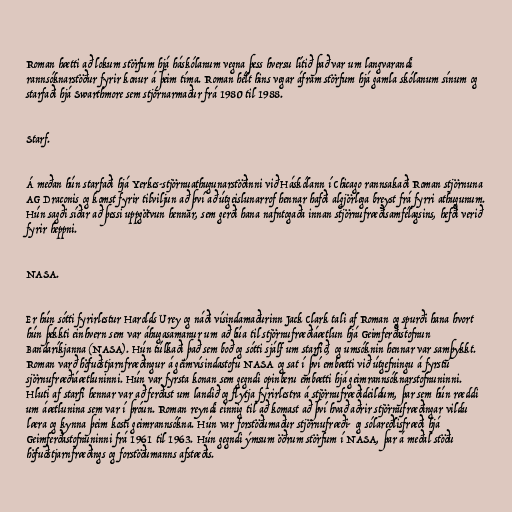
Roman hætti að lokum störfum hjá háskólanum vegna þess hversu lítið það var um langvarandi
rannsóknarstöður fyrir konur á þeim tíma. Roman hélt hins vegar áfram störfum hjá gamla skólanum sínum og
starfaði hjá Swarthmore sem stjórnarmaður frá 1980 til 1988.

Starf.

Á meðan hún starfaði hjá Yerkes-stjörnuathugunarstöðinni við Háskólann í Chicago rannsakaði Roman stjörnuna
AG Draconis og komst fyrir tilviljun að því að útgeislunarrof hennar hafði algjörlega breyst frá fyrri athugunum.
Hún sagði síðar að þessi uppgötvun hennar, sem gerði hana nafntogaða innan stjörnufræðisamfélagsins, hefði verið
fyrir heppni.

NASA.

Er hún sótti fyrirlestur Harolds Urey og náði vísindamaðurinn Jack Clark tali af Roman og spurði hana hvort
hún þekkti einhvern sem var áhugasamanur um að búa til stjörnufræðiáætlun hjá Geimferðastofnun
Bandaríkjanna (NASA). Hún túlkaði það sem boð og sótti sjálf um starfið, og umsóknin hennar var samþykkt.
Roman varð höfuðstjarnfræðingur á geimvísindastofu NASA og sat í því embætti við útgefningu á fyrstu
sjörnufræðiáætluninni. Hún var fyrsta konan sem gegndi opinberu embætti hjá geimrannsóknarstofnuninni.
Hluti af starfi hennar var að ferðast um landið og flytja fyrirlestra á stjörnufræðideildum, þar sem hún ræddi
um áætlunina sem var í þróun. Roman reyndi einnig til að komast að því hvað aðrir stjörnufræðingar vildu
læra og kynna þeim kosti geimrannsókna. Hún var forstöðumaður stjörnufræði- og sólareðlisfræði hjá
Geimferðastofnuninni frá 1961 til 1963. Hún gegndi ýmsum öðrum störfum í NASA, þar á meðal stöðu
höfuðstjarnfræðings og forstöðumanns afstæðis.